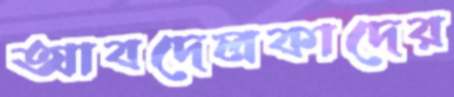
আবদেলকাদের